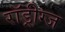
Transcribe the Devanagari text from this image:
रॉड्रीग्ज